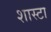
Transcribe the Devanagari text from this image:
शास्टा